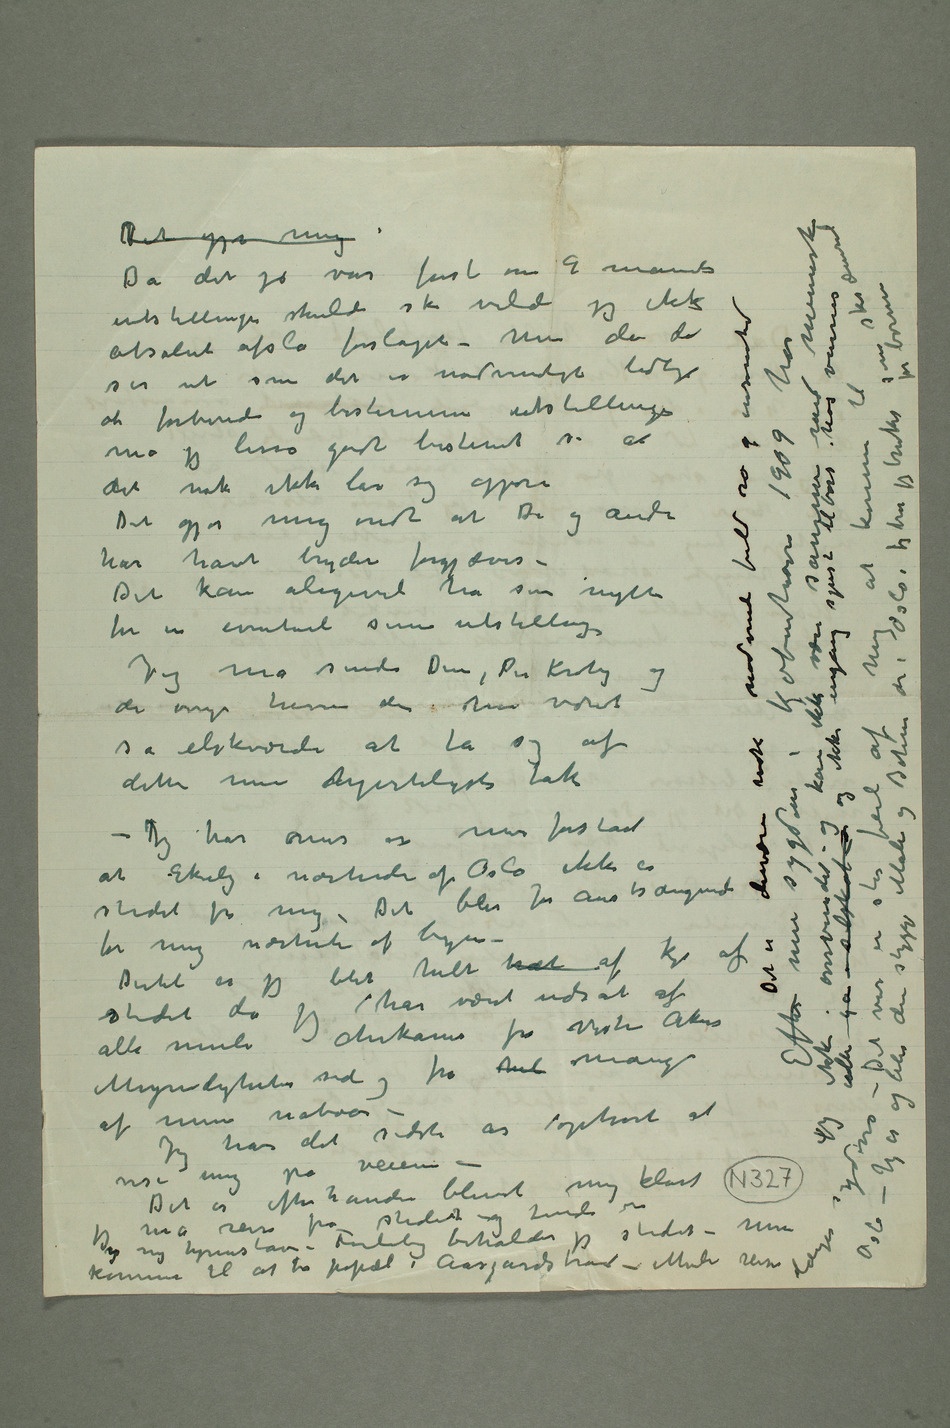
forberede og bestemme utstillingen må jeg
lisså godt bestemt si
at det nok ikke lar sig
andre har havt bryderi forgjæves
– Det kan aligevel ha sin
nytte for en
eventuelt senere utstilling
– Jeg må sende Dem, Per Krohg og de unge herrer der har været så elskværdi at ta sig af
min hjerteligste tak
– Jeg har mer og mer forstået at Ekely i nærheden af Oslo
ikke er stedet for mig – Det blir
for anstrængende for mig nærheten
af byen – Dertil er jeg
helt træt af kje af stedet
da jeg har været udsat af alle
side og fra hel mange af mine
Det er desvære nok
engang spise